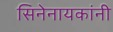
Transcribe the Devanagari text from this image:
सिनेनायकांनी